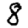
Digit: 8